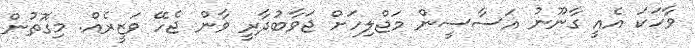
ވާހަކަ އެއީ ގާނޫނު އަސާސީން މަޖްލިހަށް ޖަވާބުދާރީ ވާން ޖެހޭ ވަޒީރެއް. މިގޮތުން